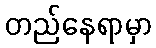
တည်နေရာမှာ